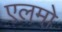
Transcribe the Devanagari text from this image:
एलमो